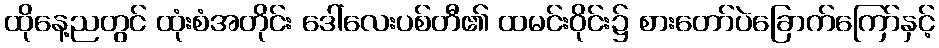
ထိုနေ့ညတွင် ထုံးစံအတိုင်း ဒေါ်လေးပစ်တီ၏ ထမင်းဝိုင်း၌ စားတော်ပဲခြောက်ကြော်နှင့်